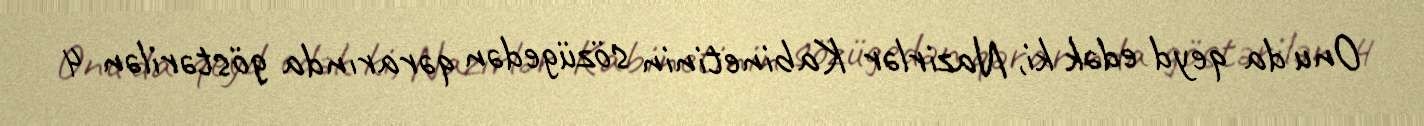
Onu da qeyd edək ki, Nazirlər Kabinetinin sözügedən qərarında göstərilən 4